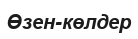
Өзен-көлдер